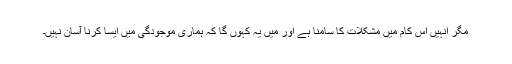
مگر انہیں اس کام میں مشکلات کا سامنا ہے اور میں یہ کہوں گا کہ ہماری موجودگی میں ایسا کرنا آسان نہیں۔